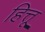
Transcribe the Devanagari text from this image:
हित्तू